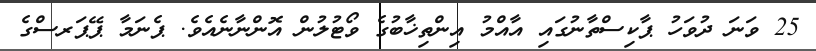
25 ވަނަ ދުވަހު ޕާކިސްތާނުގައި އާއްމު އިންތިޚާބުގެ ވޯޓުލުން އޮންނާނެއެވެ. ޕެނަމާ ޕޭޕަރސްގެ